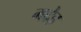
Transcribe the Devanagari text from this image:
मद्देड़